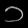
Digit: ၁